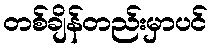
တစ်ချိန်တည်းမှာပင်